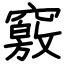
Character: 竅